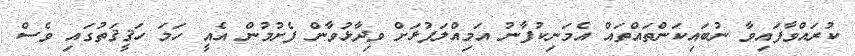
ކުރައްވާފައިވާ ނުބައިކަންތައްތައް އެމަނިކުފާނު އަމިއްލަފުޅަށް ވިދާޅުވާން ފެށުމުން އެއީ ހަމަ ހަޤީޤަތުގައި ވެސް